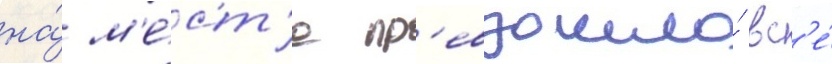
на́ м'е́ст'е пр'евзошло́ вс'е́